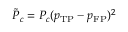
\tilde { P } _ { c } = P _ { c } ( p _ { \mathrm { T P } } - p _ { \mathrm { F P } } ) ^ { 2 }